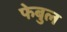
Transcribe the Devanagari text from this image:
फेबुल